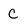
Character: C